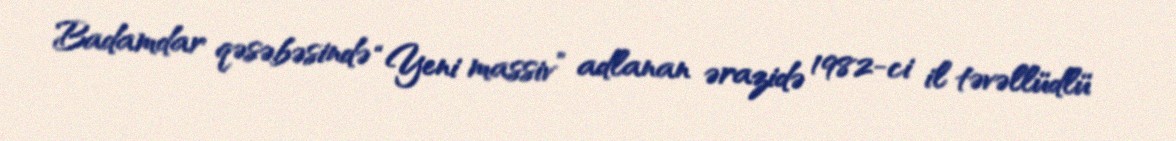
Badamdar qəsəbəsində “Yeni massiv” adlanan ərazidə 1982-ci il təvəllüdlü